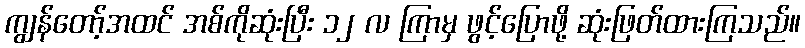
ကျွန်တော့်အထင် အစ်ကိုဆုံးပြီး ၁၂ လ ကြာမှ ဖွင့်ပြောဖို့ ဆုံးဖြတ်ထားကြသည်။